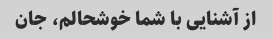
از آشنایی با شما خوشحالم، جان